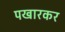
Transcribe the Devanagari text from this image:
पखारकर